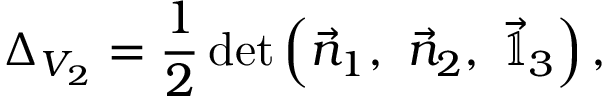
\Delta _ { V _ { 2 } } = \frac { 1 } { 2 } \, \mathrm { d e t } \left( \vec { n } _ { 1 } , \ \vec { n } _ { 2 } , \ \vec { \mathbb { 1 } } _ { 3 } \right) ,